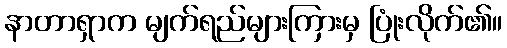
နာတာရှာက မျက်ရည်များကြားမှ ပြုံးလိုက်၏။